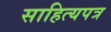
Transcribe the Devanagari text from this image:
साहित्यपत्र